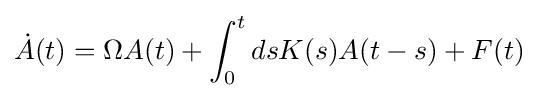
{\dot {A}}(t)=\Omega A(t)+\int _{0}^{t}dsK(s)A(t-s)+F(t)